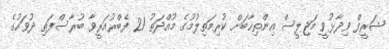
ޝަރީފް ވިދާޅުވީ މަޖިލީސް އިންތިޚާބަށް ކުރިމަތިލުމުގެ މުއްދަތު 21 ފެބްރުއަރީވާ ބުރާސްފަތި ދުވަހުގެ